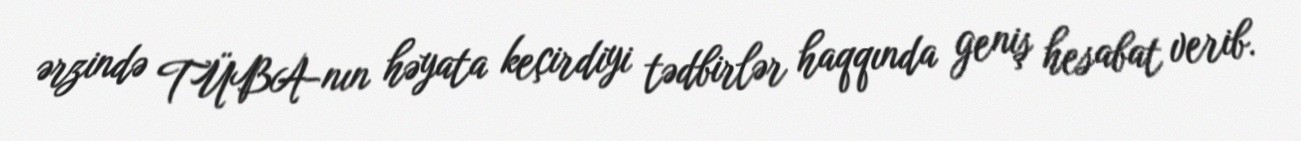
ərzində TÜBA-nın həyata keçirdiyi tədbirlər haqqında geniş hesabat verib.